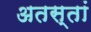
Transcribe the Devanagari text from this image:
अतस्तां